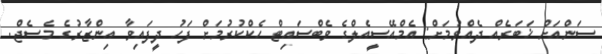
ސަންއަށް ޚަބަރެއް ދެއްވުމަށް: އެމްއޭސީއެލްގެ ވެބްސައިޓް ހެކްކުރުމަށް ފަހު ދީފައިވާ އިންޒާރުގެ މެސެޖް.